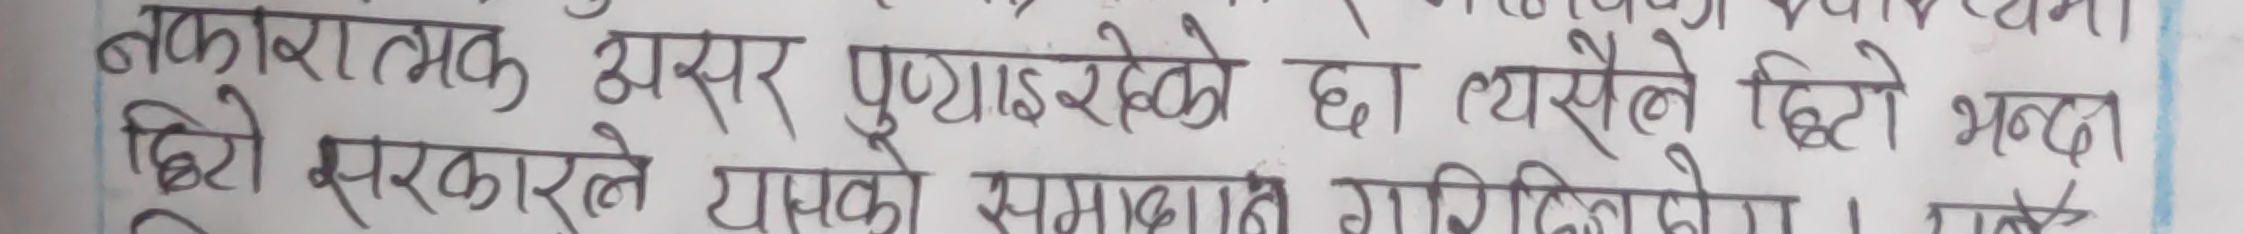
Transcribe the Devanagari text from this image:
नकारात्मक असर पुऱ्याइरहेको छ। त्यसैले छिटो भन्दा
छिटो सरकारले यसको समाधान गरिदिनुपर्ने। । भन्छे